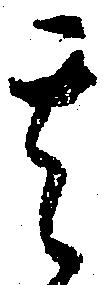
其